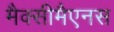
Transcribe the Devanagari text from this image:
मैक्सीमैएनस